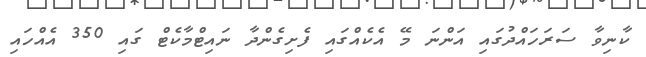
ކާނިވާ ސަރަހައްދުގައި އަންނަ މޭ އެކެއްގައި ފެށިގެންދާ ނައިޓްމާކެޓް ގައި 350 އެއްހައި